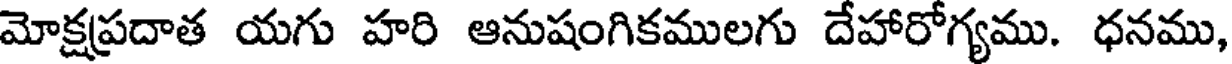
మోక్షప్రదాత యగు హరి ఆనుషంగికములగు దేహారోగ్యము. ధనము,